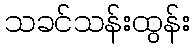
သခင်သန်းထွန်း